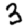
Digit: 3